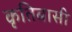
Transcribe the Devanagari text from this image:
कृतिबासी